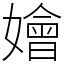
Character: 嬒